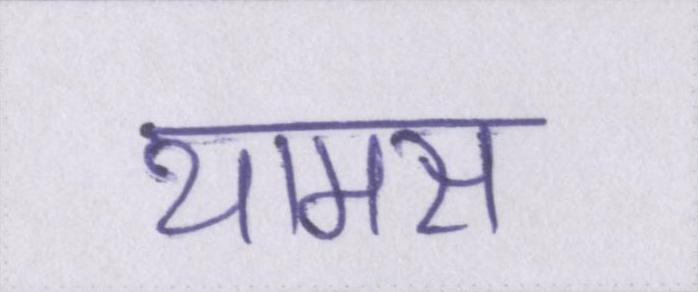
थामस